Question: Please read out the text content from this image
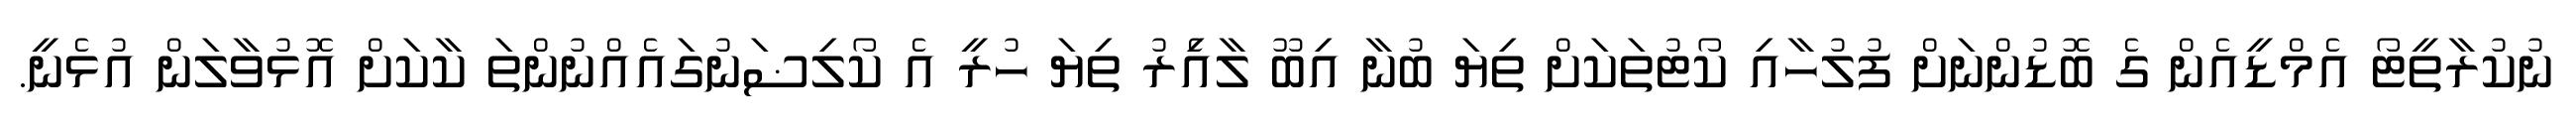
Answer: ނުކުރާތީޓޯ އެމްޑީއެން ގެ ބޮޑުންނަށް ފުލުހާއި ކޯޓުތަކަށް ތިޔަ ބުނާ އިބޫ ލާއެިރު ތިޔަ ހުރީ އެ ކޯލިޟަނުގައެއްނުންތަ ކާކަށް އޮޅުވާލަން އުޅެނީ.